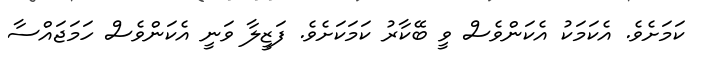
ކަމަށެވެ. އެކަމަކު އެކަންވެސް ވީ ބޭކާރު ކަމަކަށެވެ. ފަޒީލާ ވަނީ އެކަންވެސް ހަމަޖައްސާ